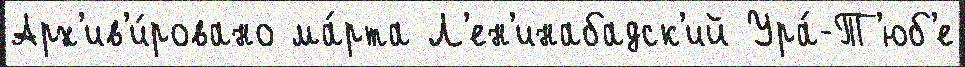
Арх'ив'и́ровано ма́рта Л'ен'инабадск'ий Ура́-Т'юб'е